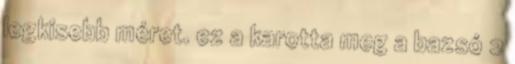
legkisebb méret. ez a karotta meg a bazsó 2